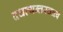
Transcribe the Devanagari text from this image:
दधत्यन्तस्तत्त्वं